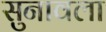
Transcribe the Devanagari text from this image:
सुनावला